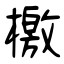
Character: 檄